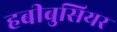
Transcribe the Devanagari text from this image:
हबीबुसियर